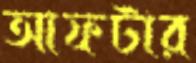
আফটার